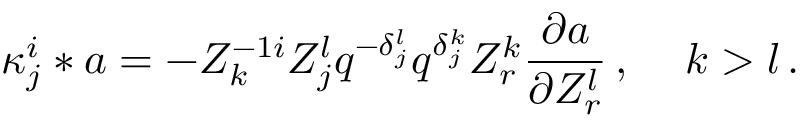
{ \kappa } _ { j } ^ { i } \ast a = - Z _ { k } ^ { - 1 i } Z _ { j } ^ { l } q ^ { - { \delta } _ { j } ^ { l } } q ^ { { \delta } _ { j } ^ { k } } Z _ { r } ^ { k } { \frac { \partial a } { \partial { Z _ { r } ^ { l } } } } \, , \quad \, k > l \, .